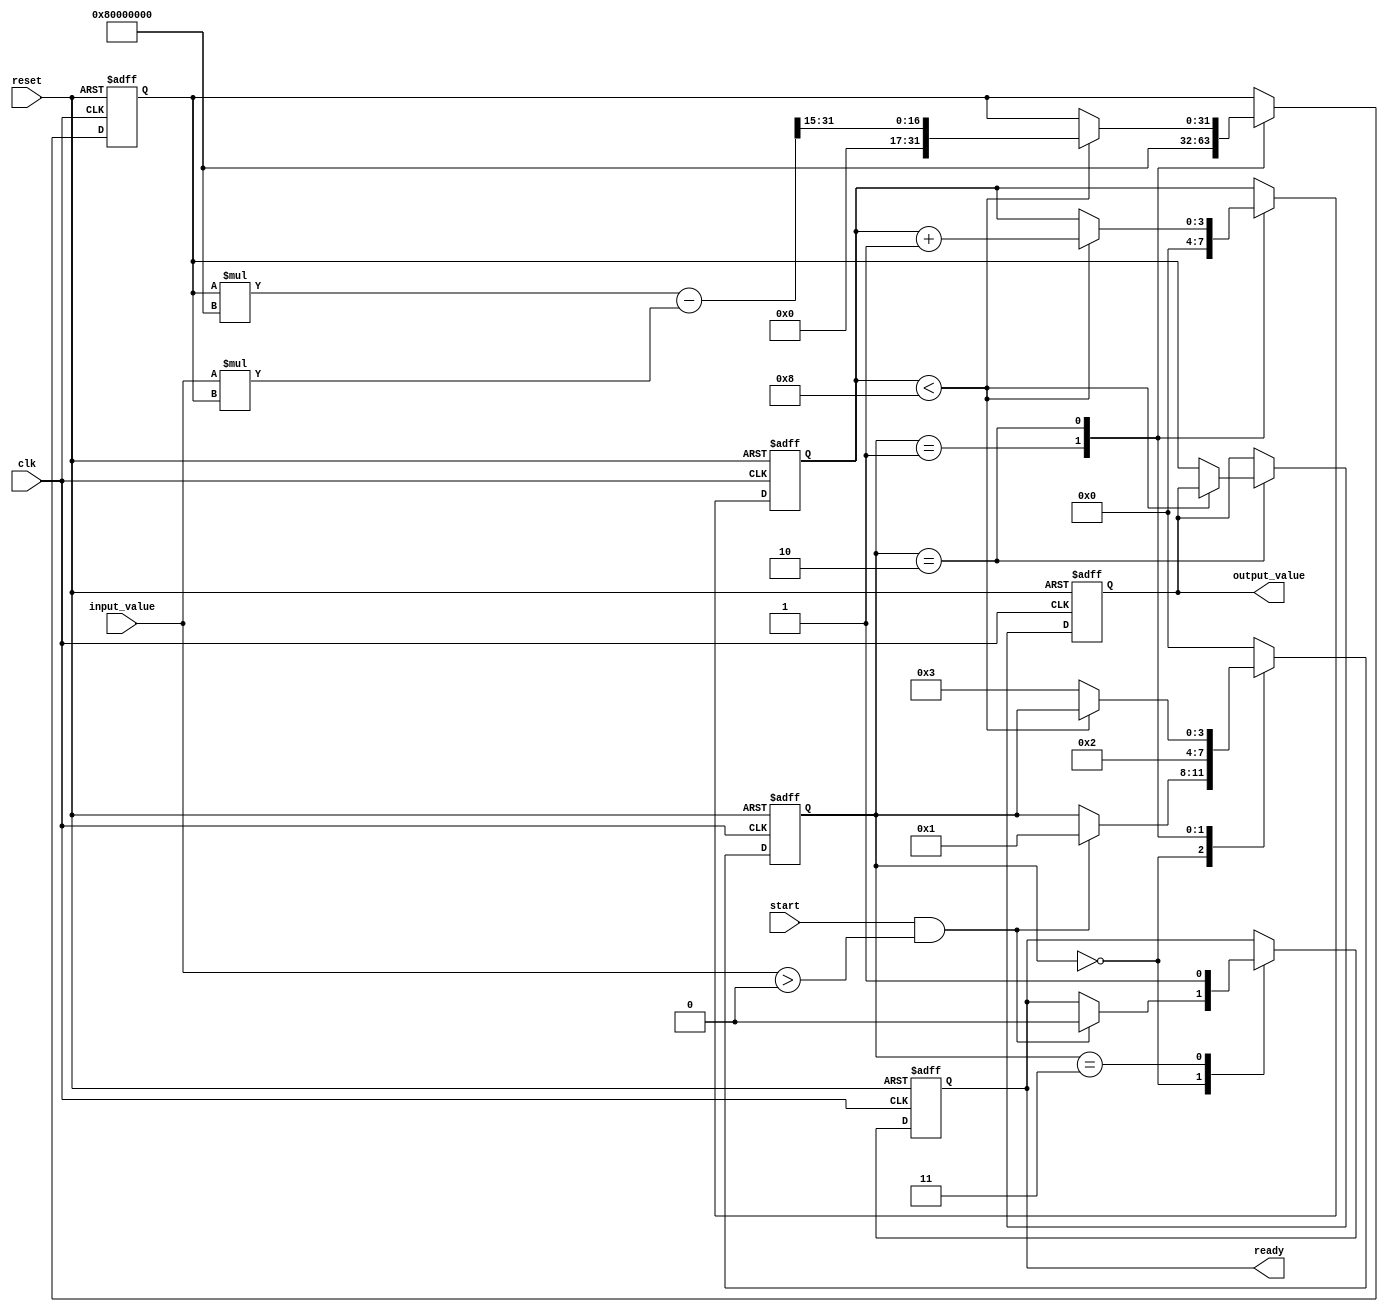
module binary_fractional_reciprocal #(
    parameter N = 16, // Input width
    parameter M = 32  // Output width (should be >= 2*N)
)(
    input wire clk,
    input wire reset,
    input wire start,
    input wire [N-1:0] input_value, // Binary fractional input
    output reg [M-1:0] output_value, // Binary fractional output
    output reg ready // Indicates when the output is valid
);

    // Internal states
    reg [M-1:0] approx; // Current approximation of the reciprocal
    reg [3:0] state; // State variable for FSM
    reg [3:0] count; // Iteration counter

    // State encoding
    localparam IDLE = 4'b0000,
               INIT = 4'b0001,
               ITERATE = 4'b0010,
               DONE = 4'b0011;

    // Constants
    localparam MAX_ITERATIONS = 8; // Maximum iterations for Newton-Raphson

    // Main FSM
    always @(posedge clk or posedge reset) begin
        if (reset) begin
            state <= IDLE;
            output_value <= 0;
            ready <= 0;
            approx <= 0;
            count <= 0;
        end else begin
            case (state)
                IDLE: begin
                    if (start && input_value > 0) begin
                        state <= INIT;
                        ready <= 0;
                    end
                end

                INIT: begin
                    // Initial approximation: 1 / input_value
                    approx <= {1'b1, {M-N-1{1'b0}}} << (M-N); // Start with 1.0
                    state <= ITERATE;
                    count <= 0;
                end

                ITERATE: begin
                    if (count < MAX_ITERATIONS) begin
                        // Newton-Raphson iteration: approx = approx * (2 - input_value * approx)
                        approx <= approx * ({1'b0, 1'b1} << (M-1)) - (input_value * approx) >> (N-1);
                        count <= count + 1;
                    end else begin
                        output_value <= approx;
                        state <= DONE;
                    end
                end

                DONE: begin
                    ready <= 1; // Indicate output is valid
                    state <= IDLE; // Go back to IDLE
                end

                default: state <= IDLE; // Safety default
            endcase
        end
    end

endmodule